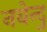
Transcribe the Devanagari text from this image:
नबेन्दु